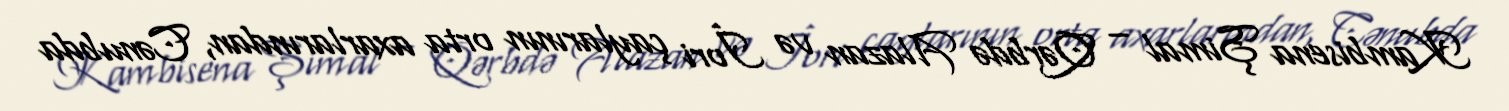
Kambisena Şimal – Qərbdə Alazan və İori çaylarının orta axarlarından, Cənubda